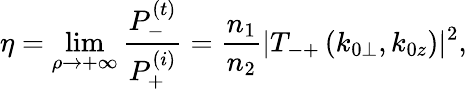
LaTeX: \eta=\operatorname*{lim}_{\rho\to+\infty}\frac{P_{-}^{(t)}}{P_{+}^{(i)}}=\frac{n_{1}}{n_{2}}|T_{-+}\left(k_{0\perp},k_{0z}\right)|^{2},